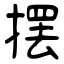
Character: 摆